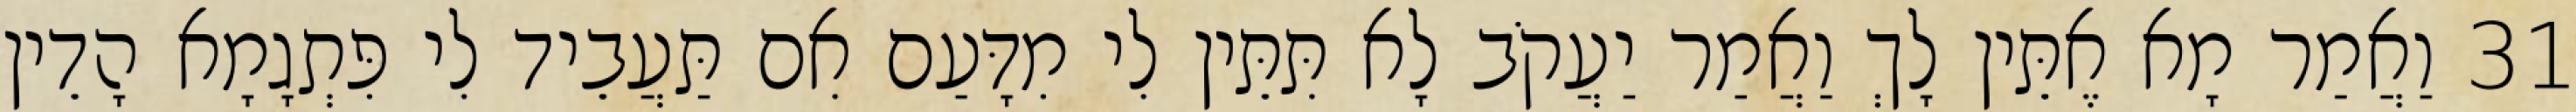
31 וַאֲמַר מָא אֶתֵּין לָךְ וַאֲמַר יַעֲקֹב לָא תִּתֵּין לִי מִדָּעַם אִם תַּעֲבֵיד לִי פִּתְגָמָא הָדֵין